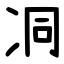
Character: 㓊